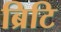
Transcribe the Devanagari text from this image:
ब्रिटि